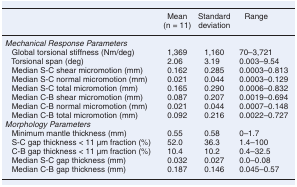
<table><thead><tr><td></td><td><b>Mean (n = 11)</b></td><td><b>Standard deviation</b></td><td><b>Range</b></td></tr></thead><tbody><tr><td colspan="4"><i>Mechanical Response Parameters</i></td></tr><tr><td> Global torsional stiffness (Nm/deg)</td><td>1,369</td><td>1,160</td><td>70–3,721</td></tr><tr><td> Torsional span (deg)</td><td>2.06</td><td>3.19</td><td>0.003–9.54</td></tr><tr><td> Median S-C shear micromotion (mm)</td><td>0.162</td><td>0.285</td><td>0.0003–0.813</td></tr><tr><td> Median S-C normal micromotion (mm)</td><td>0.021</td><td>0.044</td><td>0.0003–0.129</td></tr><tr><td> Median S-C total micromotion (mm)</td><td>0.165</td><td>0.290</td><td>0.0006–0.832</td></tr><tr><td> Median C-B shear micromotion (mm)</td><td>0.087</td><td>0.207</td><td>0.0019–0.694</td></tr><tr><td> Median C-B normal micromotion (mm)</td><td>0.021</td><td>0.044</td><td>0.0007–0.148</td></tr><tr><td> Median C-B total micromotion (mm)</td><td>0.092</td><td>0.216</td><td>0.0022–0.727</td></tr><tr><td colspan="4"><i>Morphology Parameters</i></td></tr><tr><td> Minimum mantle thickness (mm)</td><td>0.55</td><td>0.58</td><td>0–1.7</td></tr><tr><td> S-C gap thickness &lt; 11 μm fraction (%)</td><td>52.0</td><td>36.3</td><td>1.4–100</td></tr><tr><td> C-B gap thickness &lt; 11 μm fraction (%)</td><td>10.4</td><td>10.2</td><td>0.4–32.5</td></tr><tr><td> Median S-C gap thickness (mm)</td><td>0.032</td><td>0.027</td><td>0.0–0.08</td></tr><tr><td> Median C-B gap thickness (mm)</td><td>0.187</td><td>0.146</td><td>0.045–0.57</td></tr></tbody></table>